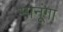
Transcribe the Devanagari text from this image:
मानूंगा